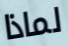
لماذا